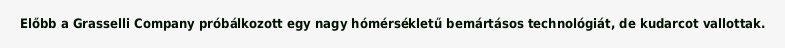
Előbb a Grasselli Company próbálkozott egy nagy hómérsékletű bemártásos technológiát, de kudarcot vallottak.